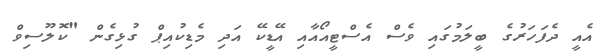
އެއީ ދެފަހަރުގެ ބީލަމުގައި ވެސް އެސްޓީއޯއާއި އޭޑީކޭ އަދި މެޑިކުއިޕް ގުޅިގެން "ކޮލޫސިވް